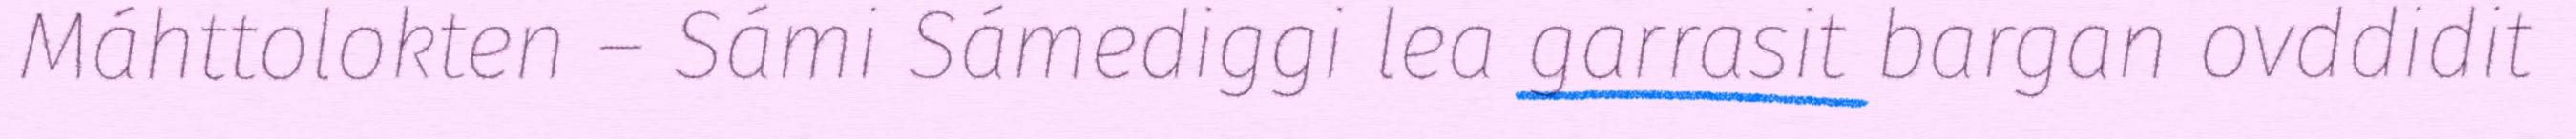
Máhttolokten – Sámi Sámediggi lea garrasit bargan ovddidit